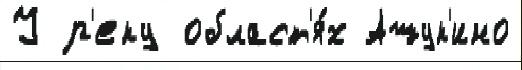
У р'еку област'я́х Ашук'ино